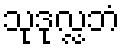
သုဒုလ္လဘံ